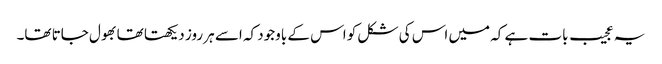
یہ عجیب بات ہے کہ میں اس کی شکل کو اس کے باوجود کہ اسے ہر روز دیکھتا تھا بھول جاتا تھا۔